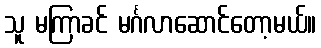
သူ မကြာခင် မင်္ဂလာဆောင်တော့မယ်။